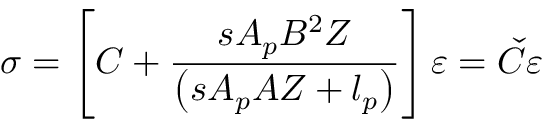
\, \, \sigma = \left[ C + \frac { s A _ { p } B ^ { 2 } Z } { \left( s A _ { p } A Z + l _ { p } \right) } \right] \varepsilon = \check { C } \varepsilon